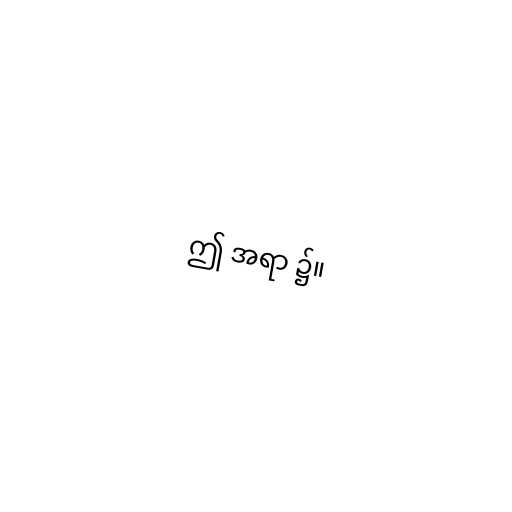
ဤ အရာ ၌။